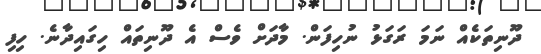
ދޫނިތަކެއް ނަމަ ރަގަޅު ނުހިފަން. މާދަށް ވެސް އެ ދޫނިތައް ހިގައިދާނެ. ހިފި